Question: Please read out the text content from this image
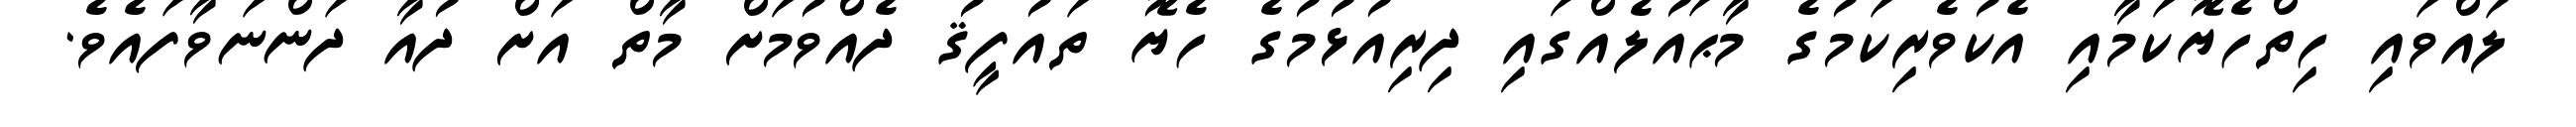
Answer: ލައްވައި ހިތްހެޔޮކަމާއި އެކުވެރިކަމުގެ މާޙައުލެއްގައި ދިރިއުޅުމުގެ ހެޔޮ ތައުފީޤު ދެއްވުމަށް މާތް އަށް ދުއާ ދަންނަވާފައެވެ.